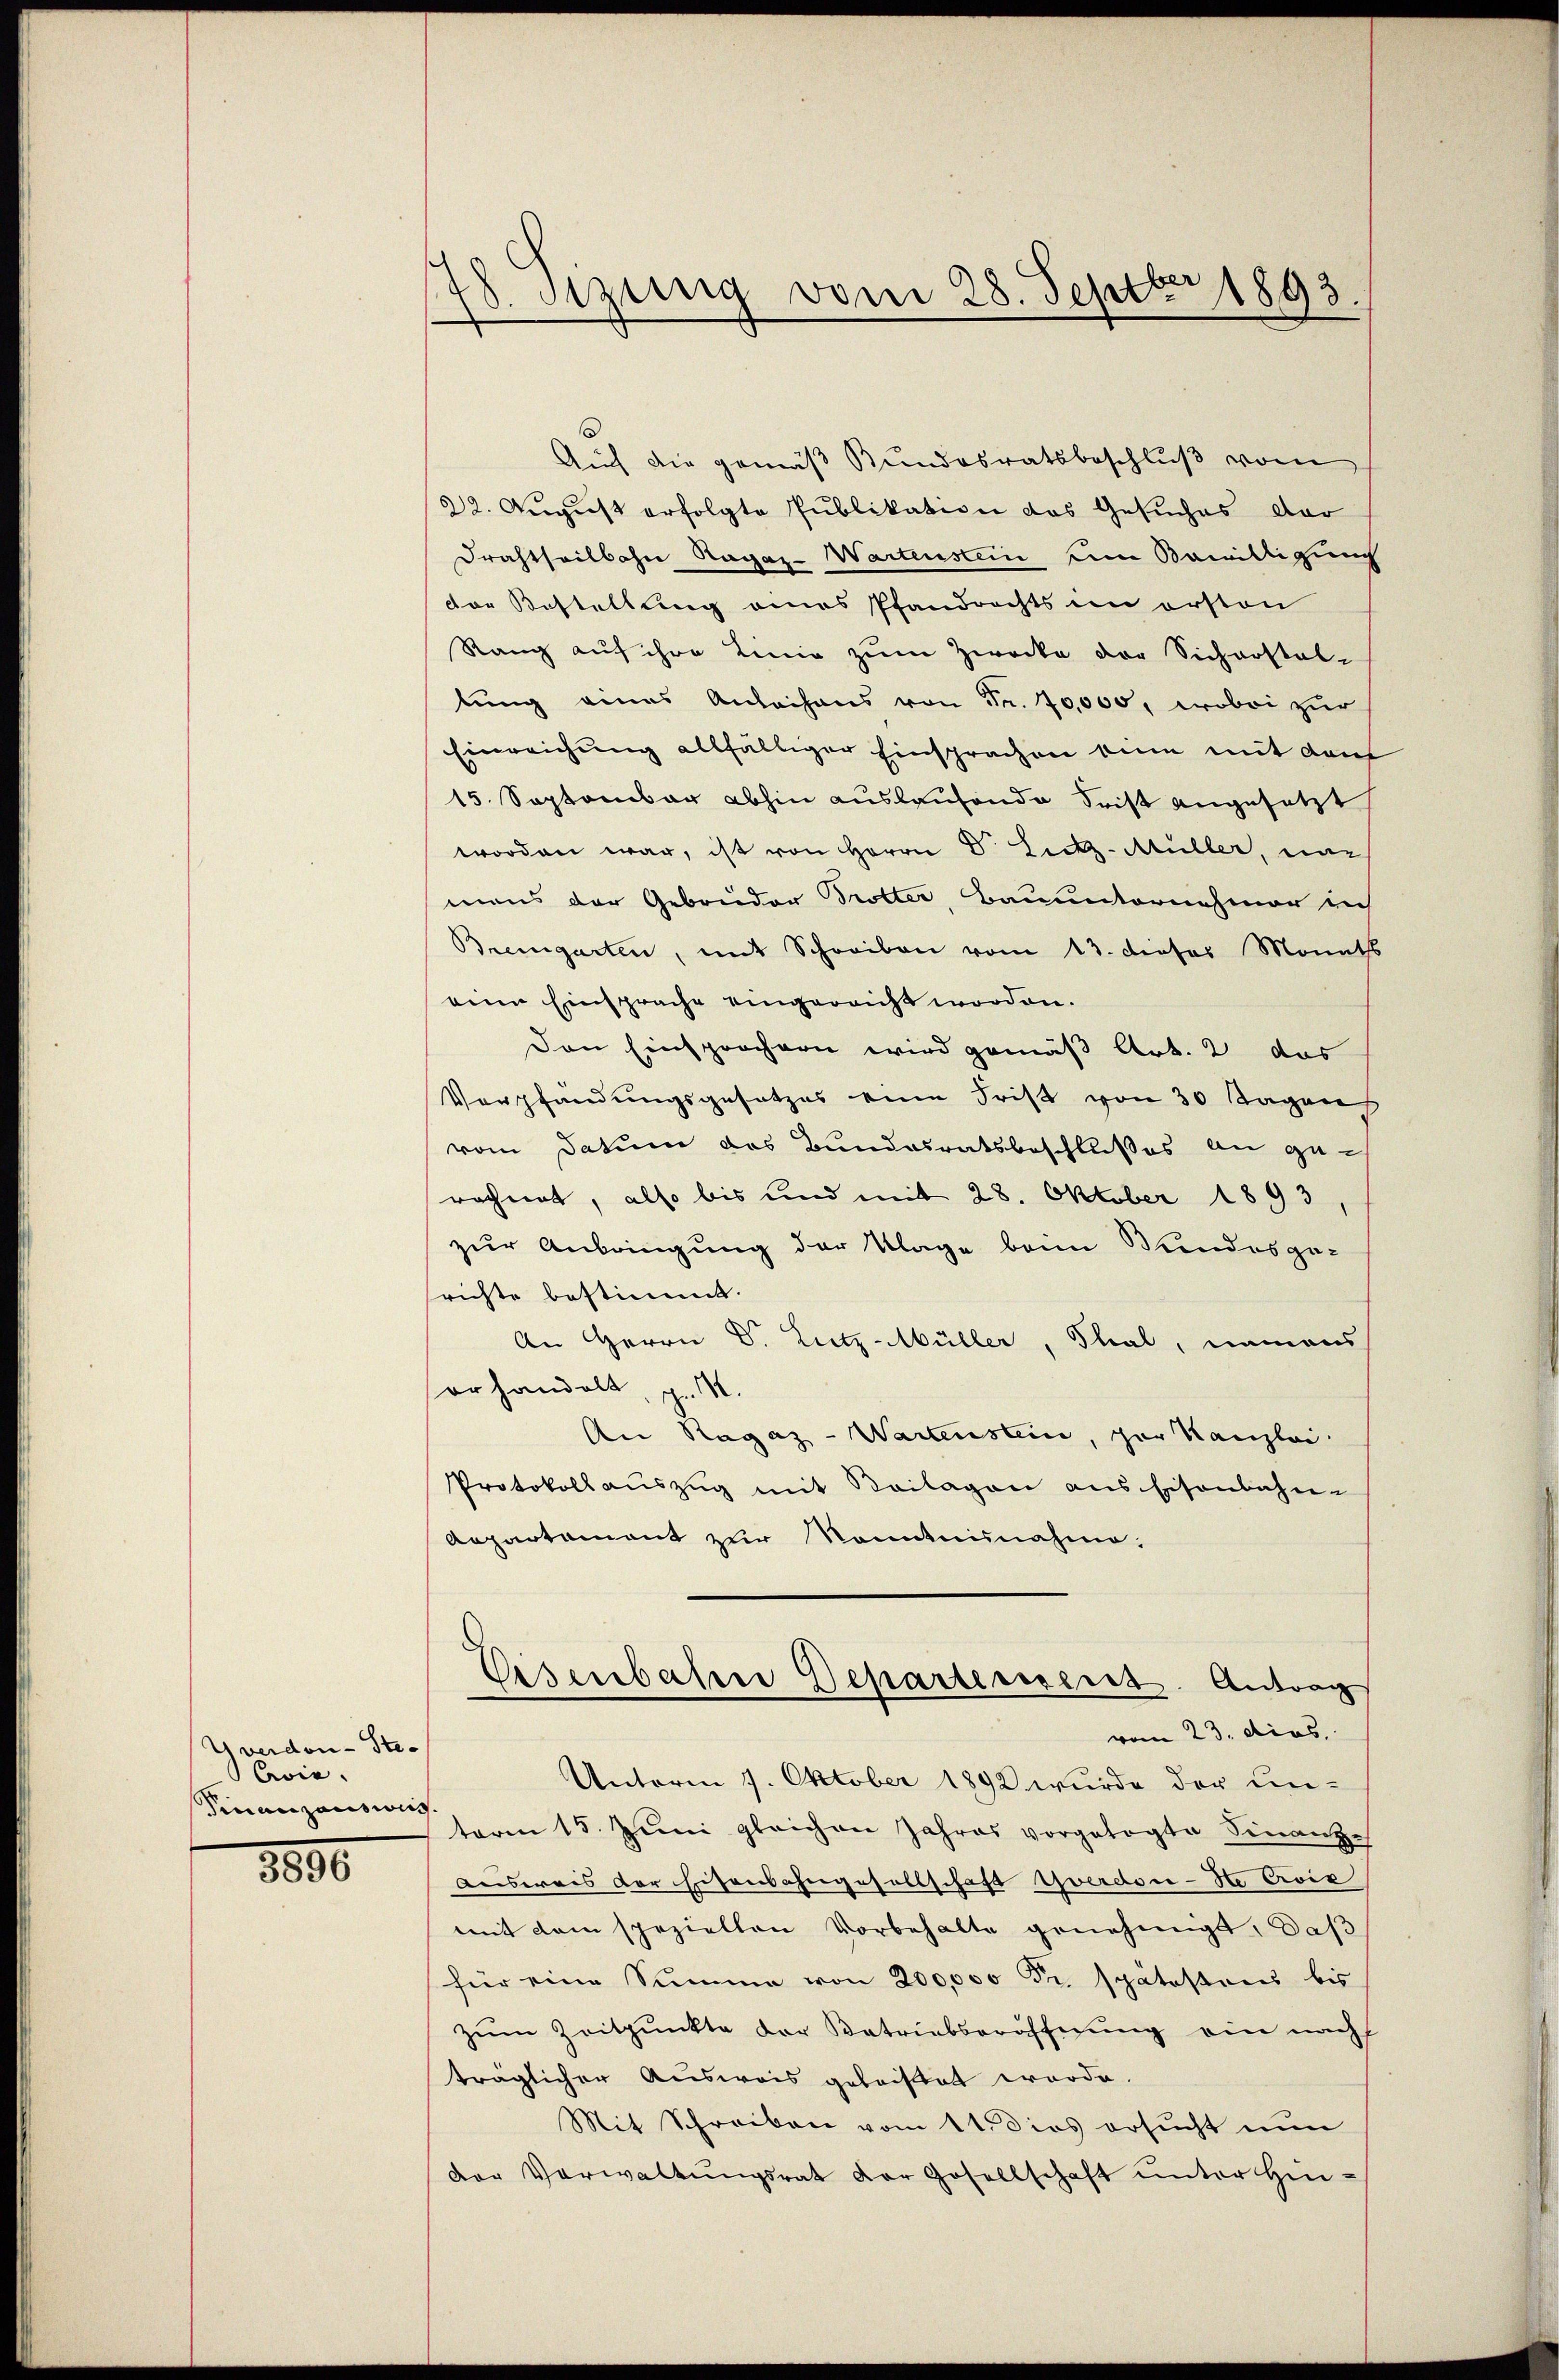
Uverdon-Ste-
Avie.
Finanzansions

3800

78. Sizung vom 28. Septbr 1893.

Auch die gemäß Bundesratsbeschlŭβ vom
22. August erfolgte Publikation das Gesuches dar
Drachtheilbahn Ragaz-Wartenstein eine Bewillicum
dor Bestellung eines Pfandrechts in ersten
Rang auf ihre Linie zum Zwecke der Sicherstal-
tung eines Anleihens von Fr. 70,000, wobei zur
Einreichung allfälliger Einsprachen dum mit dem
15. September abhin auslaufende Frist angesetzt
worden war, ist von Herrn D. Litz-Müller, ein
mens der Gebrüder Trotter, Bauunternehmer in
Bremgarten, mit Schreiben vom 13. dieses Monats
nein Einsprache eingereicht worden.
Den Einsprochern wird gemäß Art. 2 das
Vorpfandungsgesetzes eine Frist von 30 Tagen
vom Datum das Bundesratsbeschlußes an ge-
rechnet, also bis und mit 28. Oktober 1893
zur Anbringung der Klage beim Kundesge-
richte bestimmt.
An Herrn D. Lutz-Müller, Thal, namens
orhandelt, z. M.
An Ragaz - Wartenstein, zur Kanzlei
Protokollauszug mit Beilagen aus Eisenbahn-
Aepartament zur Kenntnisnahme,
Eisenbahne Departement. Antrag
vom 23. dies
Unterm 7. Oktober 1892 wurde der unterm 15. Jŭni gleichen Jahres vorgetogte Finanze
Ausweis der Eisenbahngesellschaft Yverdon-Se Civić
mit dem speziellen Vorbehalte genehmigt, daß
für eine Summe von 200,000 Fr. spätestoris bis
Zum Zeitpunkte der Betriebseröffnung ein nach
träglicher Ausweis geleistet worde
Mit Schreiben vom 11. dies ersucht nun
der Verwaltŭngsrat der Gesellschaft ŭnter Hin-